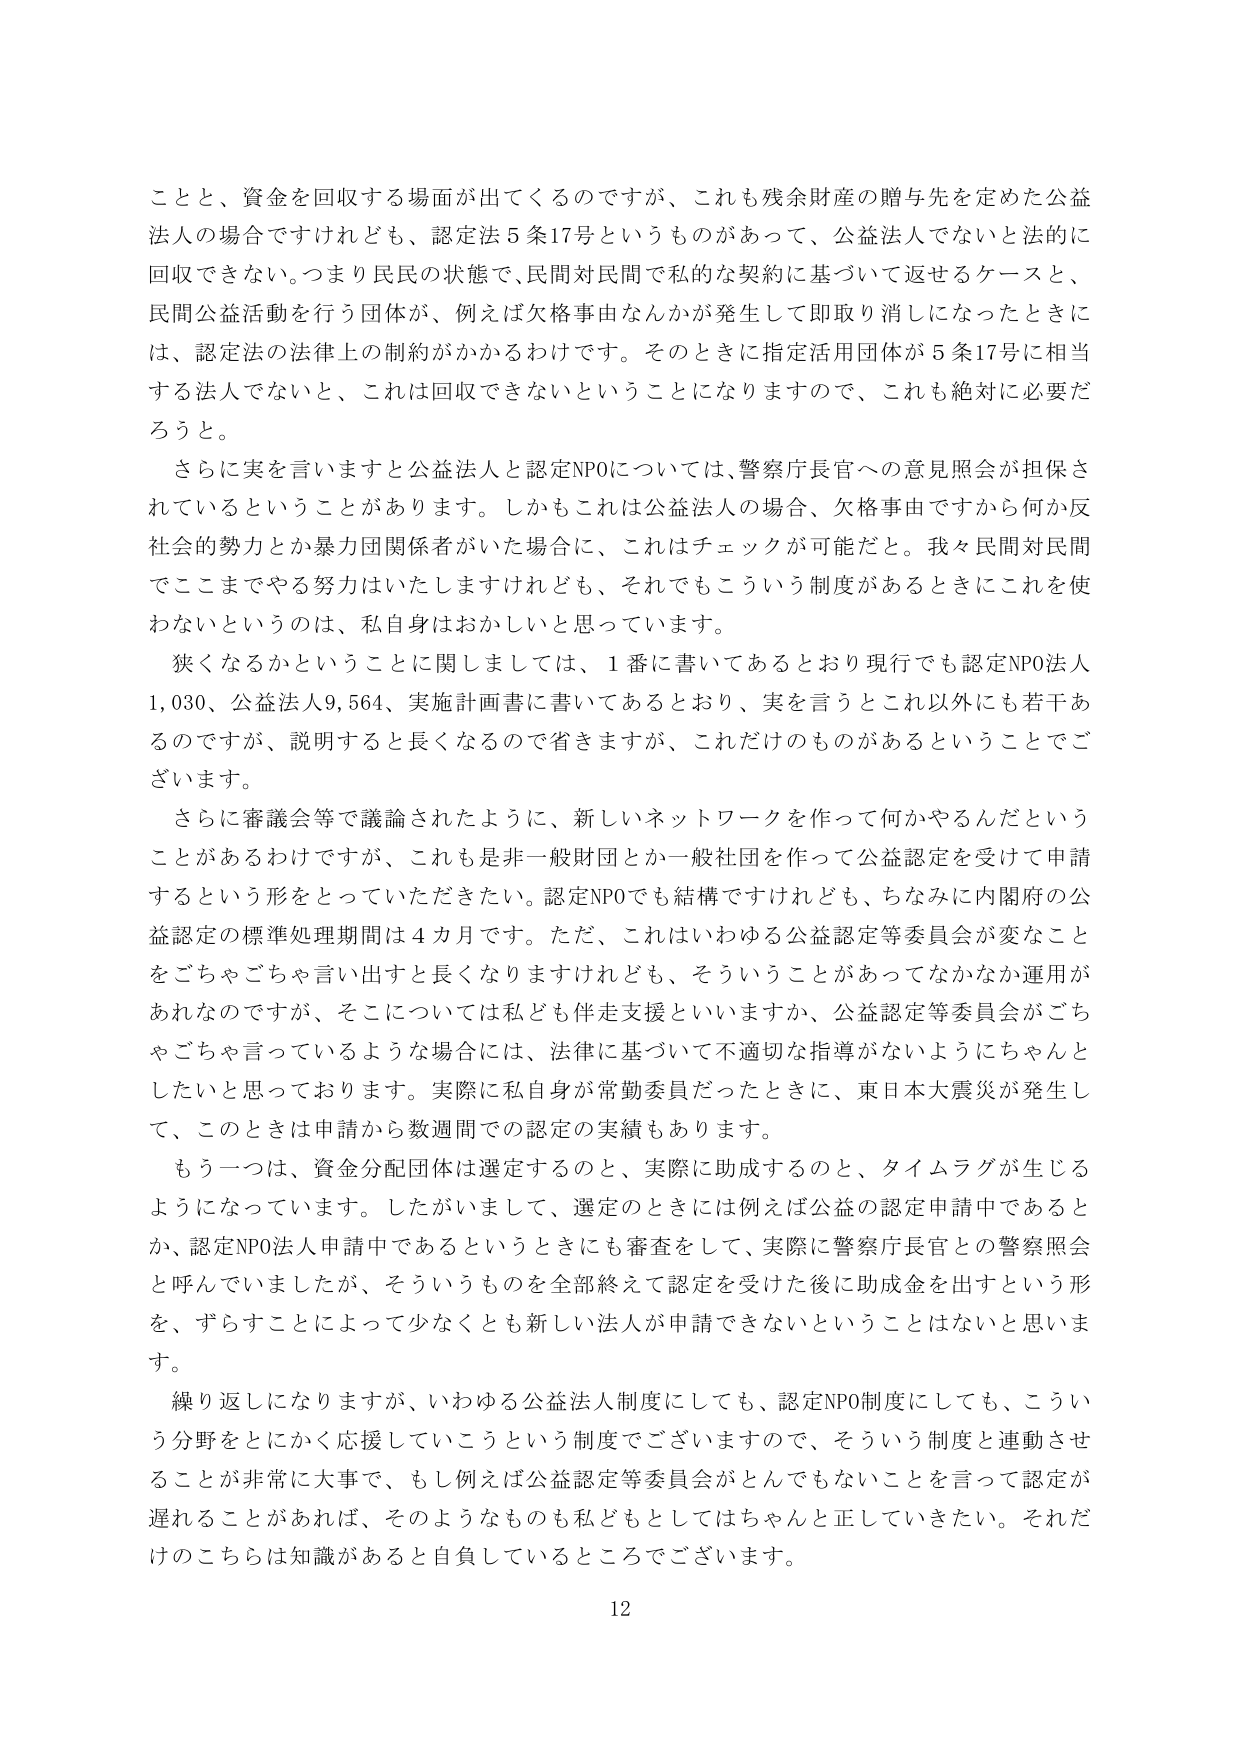
ことと、資金を回収する場面が出てくるのですが、これも残余財産の贈与先を定めた公益法人の場合ですけれども、認定法５条17号というものがあって、公益法人でないと法的に回収できない。つまり民民の状態で、民間対民間で私的な契約に基づいて返せるケースと、民間公益活動を行う団体が、例えば欠格事由なんかが発生して即取り消しになったときには、認定法の法律上の制約がかかるわけです。そのときに指定活用団体が５条17号に相当する法人でないと、これは回収できないということになりますので、これも絶対に必要だろうと。

さらに実を言いますと公益法人と認定NPOについては、警察庁長官への意見照会が担保されているということがあります。しかもこれは公益法人の場合、欠格事由ですから何か反社会的勢力とか暴力団関係者がいた場合に、これはチェックが可能だと。我々民間対民間でここまでやる努力はいたしますけれども、それでもこういう制度があるときにこれを使わないというのは、私自身はおかしいと思っています。

狭くなるかということに関しましては、１番に書いてあるとおり現行でも認定NPO法人1,030、公益法人9,564、実施計画書に書いてあるとおり、実を言うとこれ以外にも若干あるのですが、説明すると長くなるので省きますが、これだけのものがあるということでございます。

さらに審議会等で議論されたように、新しいネットワークを作って何かやるんだということがあるわけですが、これも是非一般財団とか一般社団を作って公益認定を受けて申請するという形をしていただきたい。認定NPOでも結構ですけれども、ちなみに内閣府の公益認定の標準処理期間は４カ月です。ただ、これはいわゆる公益認定等委員会が変なことをごちゃごちゃ言い出すと長くなりますけれども、そういうことがあってなかなか運用があれなのですが、そこについては私ども伴走支援といいますか、公益認定等委員会がごちゃごちゃ言っているような場合には、法律に基づいて不適切な指導がないようにちゃんとしたいと思っております。実際に私自身が常勤委員だったときに、東日本大震災が発生して、このときは申請から数週間での認定の実績もあります。

もう一つは、資金分配団体は選定するのと、実際に助成するのと、タイムラグが生じるようになっています。したがいまして、選定のときには例えば公益の認定申請中であるとか、認定NPO法人申請中であるというときにも審査をして、実際に警察庁長官との警察照会と呼んでいましたが、そういうものを全部終えて認定を受けた後に助成金を出すという形を、ずらすことによって少なくとも新しい法人が申請できないということはないと思います。

繰り返しになりますが、いわゆる公益法人制度にしても、認定NPO制度にしても、こういう分野をとにかく応援していこうという制度でございますので、そういう制度と連動させることが非常に大事で、もし例えば公益認定等委員会がとんでもないことを言って認定が遅れることがあれば、そのようなものも私どもとしてはちゃんと正していきたい。それだけのこちらは知識があると自負しているところでございます。

12